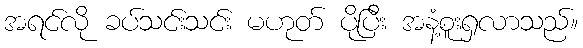
အရင်လို ခပ်သင်းသင်း မဟုတ် ပိုပြီး အနံ့စူးရှလာသည်။